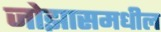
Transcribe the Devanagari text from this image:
जोझासमधील